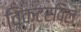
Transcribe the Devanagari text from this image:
विक्टरविले